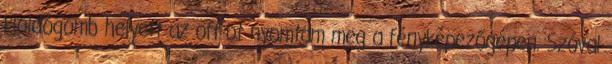
kioldógomb helyett az off-ot nyomtam meg a fényképezőgépen. Szóval